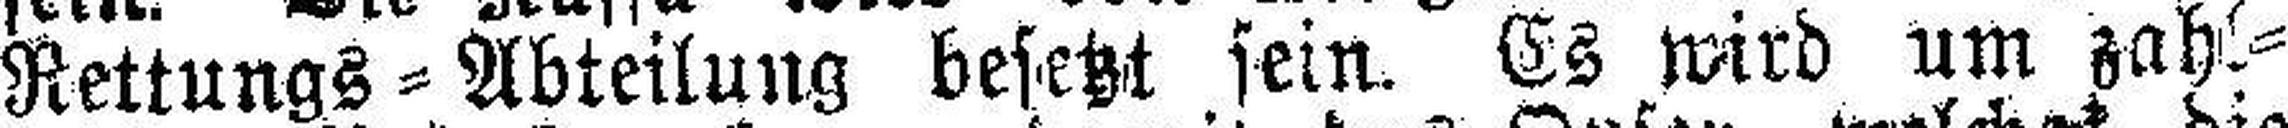
Rettungs=Abteilung besetzt sein. Es wird um zahl¬